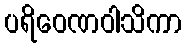
ပရိဝေဏဝါသိကာ